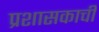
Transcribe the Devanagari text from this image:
प्रशासकाची